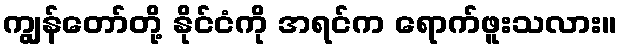
ကျွန်တော်တို့ နိုင်ငံကို အရင်က ရောက်ဖူးသလား။